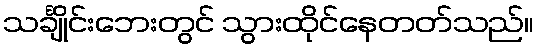
သင်္ချိုင်းဘေးတွင် သွားထိုင်နေတတ်သည်။